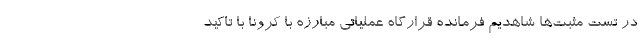
در تست مثبت‌ها شاهدیم فرمانده قرارگاه عملیاتی مبارزه با کرونا با تاکید